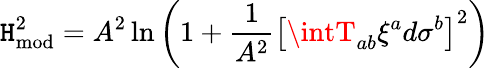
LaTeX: \mathtt{H}_{\mathrm{{mod}}}^{2}=A^{2}\ln\left(1+{\frac{{1}}{{A^{2}}}}\left[\intT_{ab}\xi^{a}d\sigma^{b}\right]^{2}\right)